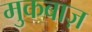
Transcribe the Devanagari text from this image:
मुकबाज़